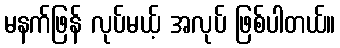
မနက်ဖြန် လုပ်မယ့် အလုပ် ဖြစ်ပါတယ်။